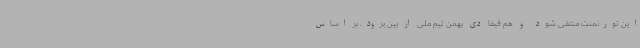
این تورنمنت منتفی شود و هم فیفا دی بهمن تیم ملی از بین برود. بر اساس